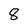
Character: 8